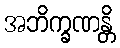
အဘိက္ခဏန္တိ